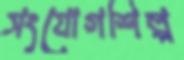
সংযোগশিল্প